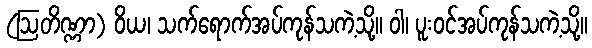
(ဩတိဏ္ဏာ) ဝိယ၊ သက်ရောက်အပ်ကုန်သကဲ့သို့။ ဝါ၊ ပူးဝင်အပ်ကုန်သကဲ့သို့။